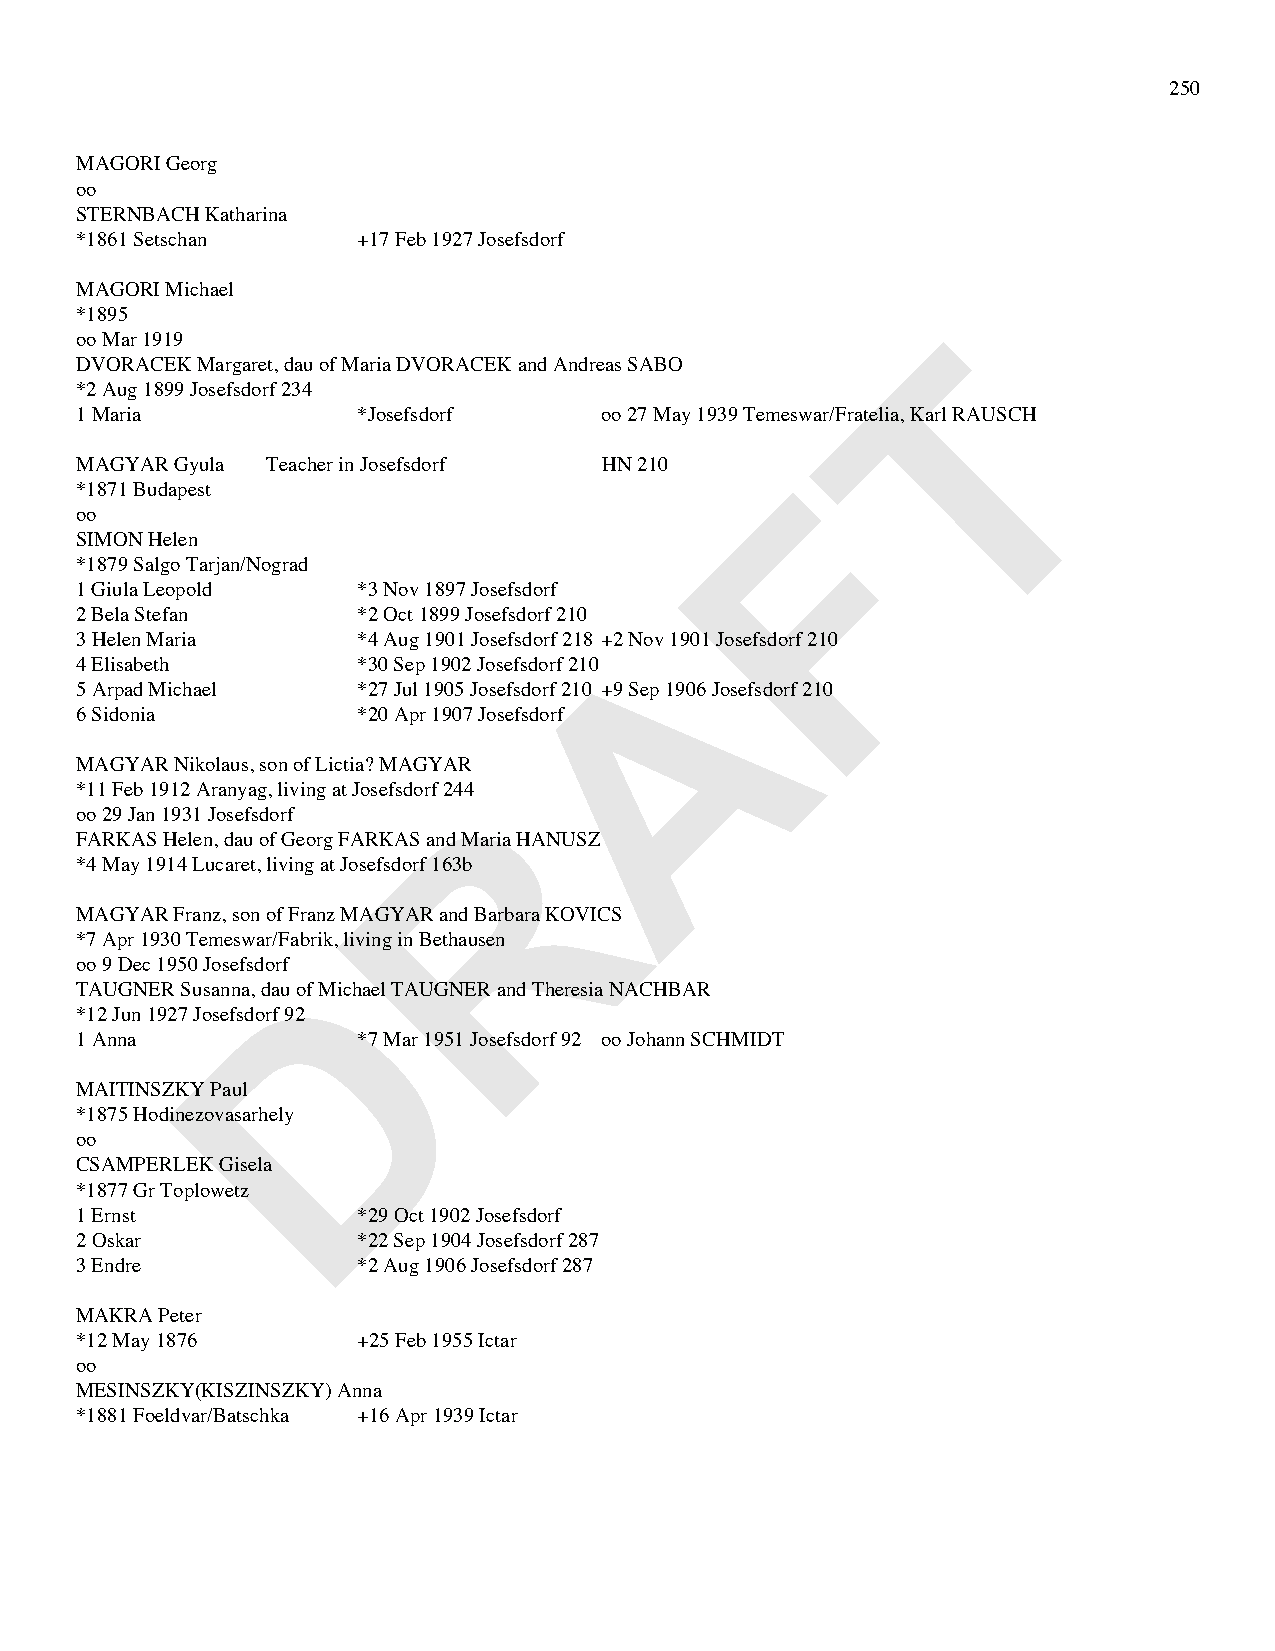
250
 MAGORI Georg
 oo
 STERNBACH Katharina
 *1861 Setschan     +17 Feb 1927 Josefsdorf
 MAGORI Michael
 *1895
 T
 oo Mar 1919
 DVORACEK Margaret, dau of Maria DVORACEK and Andreas SABO
 *2 Aug 1899 Josefsdorf 234
 1 Maria            *Josefsdorf     oo 27 May 1939 Temeswar/Fratelia, Karl RAUSCH
 MAGYAR Gyula Teacher in Josefsdorf HN 210      F
 *1871 Budapest
 oo
 SIMON Helen
 *1879 Salgo Tarjan/Nograd
 1 Giula Leopold    *3 Nov 1897 Josefsdorf
 2 Bela Stefan      *2 Oct 1899 Josefsdorf 210 A
 3 Helen Maria      *4 Aug 1901 Josefsdorf 218 +2 Nov 1901 Josefsdorf 210
 4 Elisabeth        *30 Sep 1902 Josefsdorf 210
 5 Arpad Michael    *27 Jul 1905 Josefsdorf 210 +9 Sep 1906 Josefsdorf 210
 6 Sidonia          *20 Apr 1907 Josefsdorf
 MAGYAR Nikolaus, son of Lictia? MAGYAR
 R
 *11 Feb 1912 Aranyag, living at Josefsdorf 244
 oo 29 Jan 1931 Josefsdorf
 FARKAS Helen, dau of Georg FARKAS and Maria HANUSZ
 *4 May 1914 Lucaret, living at Josefsdorf 163b
 MAGYAR Franz, son of Franz MAGYAR and Barbara KOVICS
 *7 Apr 1930 Temeswar/Fabrik, living in Bethausen
 D
 oo 9 Dec 1950 Josefsdorf
 TAUGNER Susanna, dau of Michael TAUGNER and Theresia NACHBAR
 *12 Jun 1927 Josefsdorf 92
 1 Anna             *7 Mar 1951 Josefsdorf 92 oo Johann SCHMIDT
 MAITINSZKY Paul
 *1875 Hodinezovasarhely
 oo
 CSAMPERLEK Gisela
 *1877 Gr Toplowetz
 1 Ernst            *29 Oct 1902 Josefsdorf
 2 Oskar            *22 Sep 1904 Josefsdorf 287
 3 Endre            *2 Aug 1906 Josefsdorf 287
 MAKRA Peter
 *12 May 1876       +25 Feb 1955 Ictar
 oo
 MESINSZKY(KISZINSZKY) Anna
 *1881 Foeldvar/Batschka +16 Apr 1939 Ictar